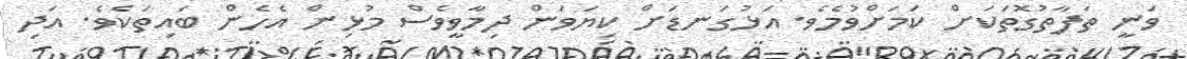
ވަނީ ތަފާތުގޮތަކަށް ކަމަށްވުމެވެ. އަޅުގަނޑަށް ކިޔަވަން ދިމާވީވެސް މުޅިން އެހެން ބައިތަކެވެ. އަދި